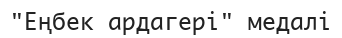
"Еңбек ардагері" медалі